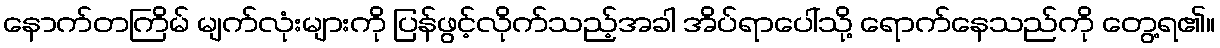
နောက်တကြိမ် မျက်လုံးများကို ပြန်ဖွင့်လိုက်သည့်အခါ အိပ်ရာပေါ်သို့ ရောက်နေသည်ကို တွေ့ရ၏။